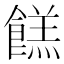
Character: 餻